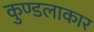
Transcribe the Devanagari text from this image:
कुण्डलाकार